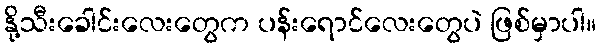
နို့သီးခေါင်းလေးတွေက ပန်းရောင်လေးတွေပဲ ဖြစ်မှာပါ။